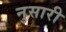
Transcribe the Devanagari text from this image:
नुसारी